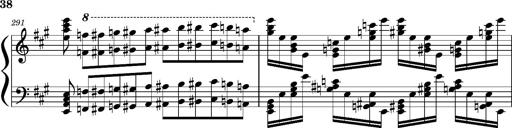
Title: Concerto sans orchestre, S.524a
Composer: Franz Liszt
Key: A major